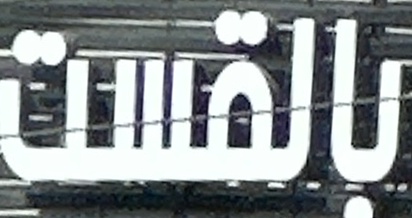
بالقست